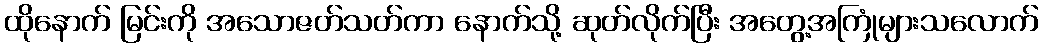
ထိုနောက် မြင်းကို အသောဇတ်သတ်ကာ နောက်သို့ ဆုတ်လိုက်ပြီး အတွေ့အကြုံများသလောက်